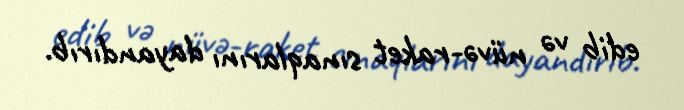
edib və nüvə-raket sınaqlarını dayandırıb.